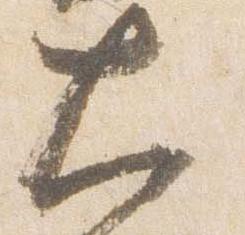
大